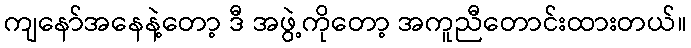
ကျနော်အနေနဲ့တော့ ဒီ အဖွဲ့ကိုတော့ အကူညီတောင်းထားတယ်။